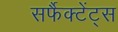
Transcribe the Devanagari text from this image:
सर्फैक्टेंट्स